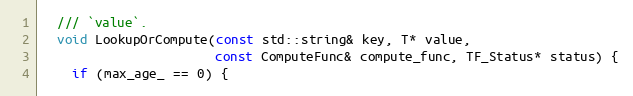
Language: C
  /// `value`.
  void LookupOrCompute(const std::string& key, T* value,
                       const ComputeFunc& compute_func, TF_Status* status) {
    if (max_age_ == 0) {